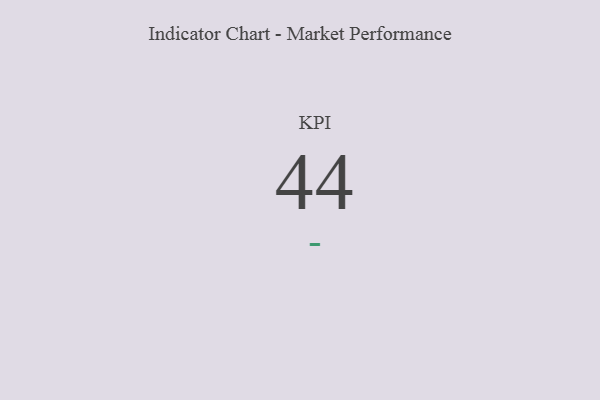
{"axis": {"x": "KPI", "y": "Value"}, "legend": [""], "data": [{"x": "KPI", "y": 44, "type": ""}]}